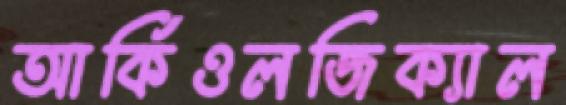
আর্কিওলজিক্যাল